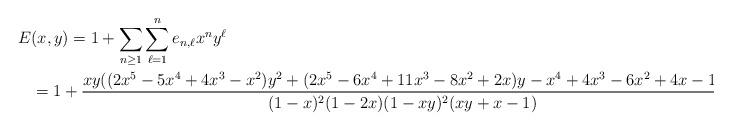
LaTeX: \begin{align*}E&(x,y)=1+\sum_{n\geq1}\sum_{\ell=1}^ne_{n,\ell}x^ny^\ell\\&=1+\frac{xy((2x^5-5x^4+4x^3-x^2)y^2+(2x^5-6x^4+11x^3-8x^2+2x)y-x^4+4x^3-6x^2+4x-1)}{(1-x)^2(1-2x)(1-xy)^2(xy+x-1)}.\end{align*}